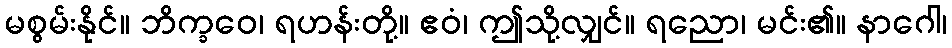
မစွမ်းနိုင်။ ဘိက္ခဝေ၊ ရဟန်းတို့။ ဧဝံ၊ ဤသို့လျှင်။ ရညော၊ မင်း၏။ နာဂေါ၊